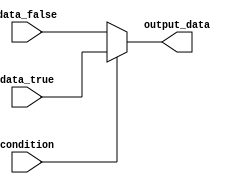
module conditional_behavior (
    input condition,
    input [7:0] data_true,
    input [7:0] data_false,
    output reg [7:0] output_data
);

// Using ternary operator to implement if-else statement
always @(*) begin
    output_data = (condition) ? data_true : data_false;
end

endmodule